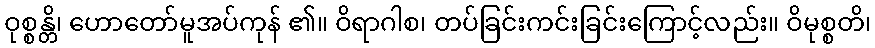
ဝုစ္စန္တိ၊ ဟောတော်မူအပ်ကုန် ၏။ ဝိရာဂါစ၊ တပ်ခြင်းကင်းခြင်းကြောင့်လည်း။ ဝိမုစ္စတိ၊